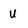
Character: U